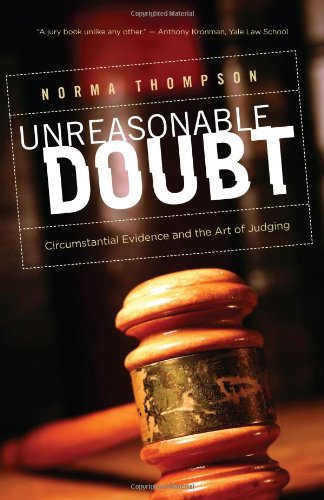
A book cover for Unreasonable Doubt: Circumstantial Evidence and the Art of Judgment; Norma Thompson; Law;